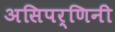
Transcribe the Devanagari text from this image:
असिपर्णिनी